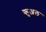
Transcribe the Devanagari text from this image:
कुअल